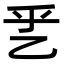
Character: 乯